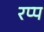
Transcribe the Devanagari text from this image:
रप्प